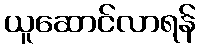
ယူဆောင်လာရန်